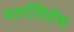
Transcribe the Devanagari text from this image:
मार्गाविरोध